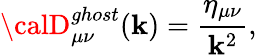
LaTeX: {\calD}_{{\mu}{\nu}}^{ghost}(\mathbf{k})=\frac{{\eta_{{\mu}{\nu}}}}{{\mathbf{k}^{2}}},